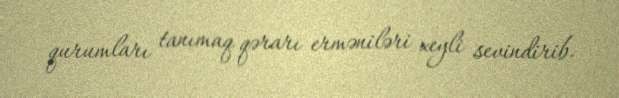
qurumları tanımaq qərarı erməniləri xeyli sevindirib.